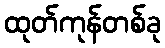
ထုတ်ကုန်တစ်ခု